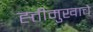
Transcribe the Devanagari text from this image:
ह्त्तीमुखाचे